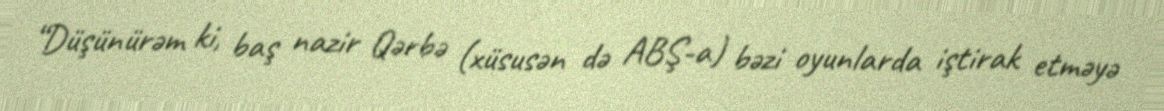
“Düşünürəm ki, baş nazir Qərbə (xüsusən də ABŞ-a) bəzi oyunlarda iştirak etməyə